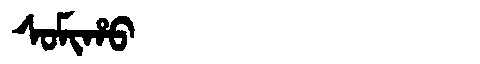
Manchu: ᠰᠣᠮᡳᡥᠣ
Romanization: SOMIHO